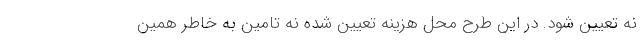
نه تعیین شود. در این طرح محل هزینه تعیین شده نه تامین به خاطر همین